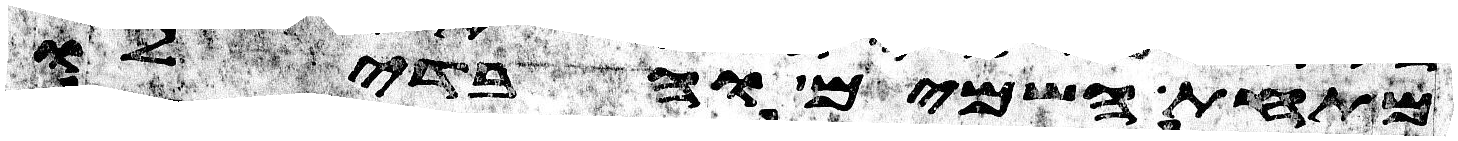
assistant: מתחת השמים והבדילו